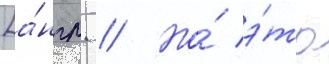
[а́нгл. // Но́ э́то